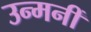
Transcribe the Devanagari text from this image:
उन्मनीं